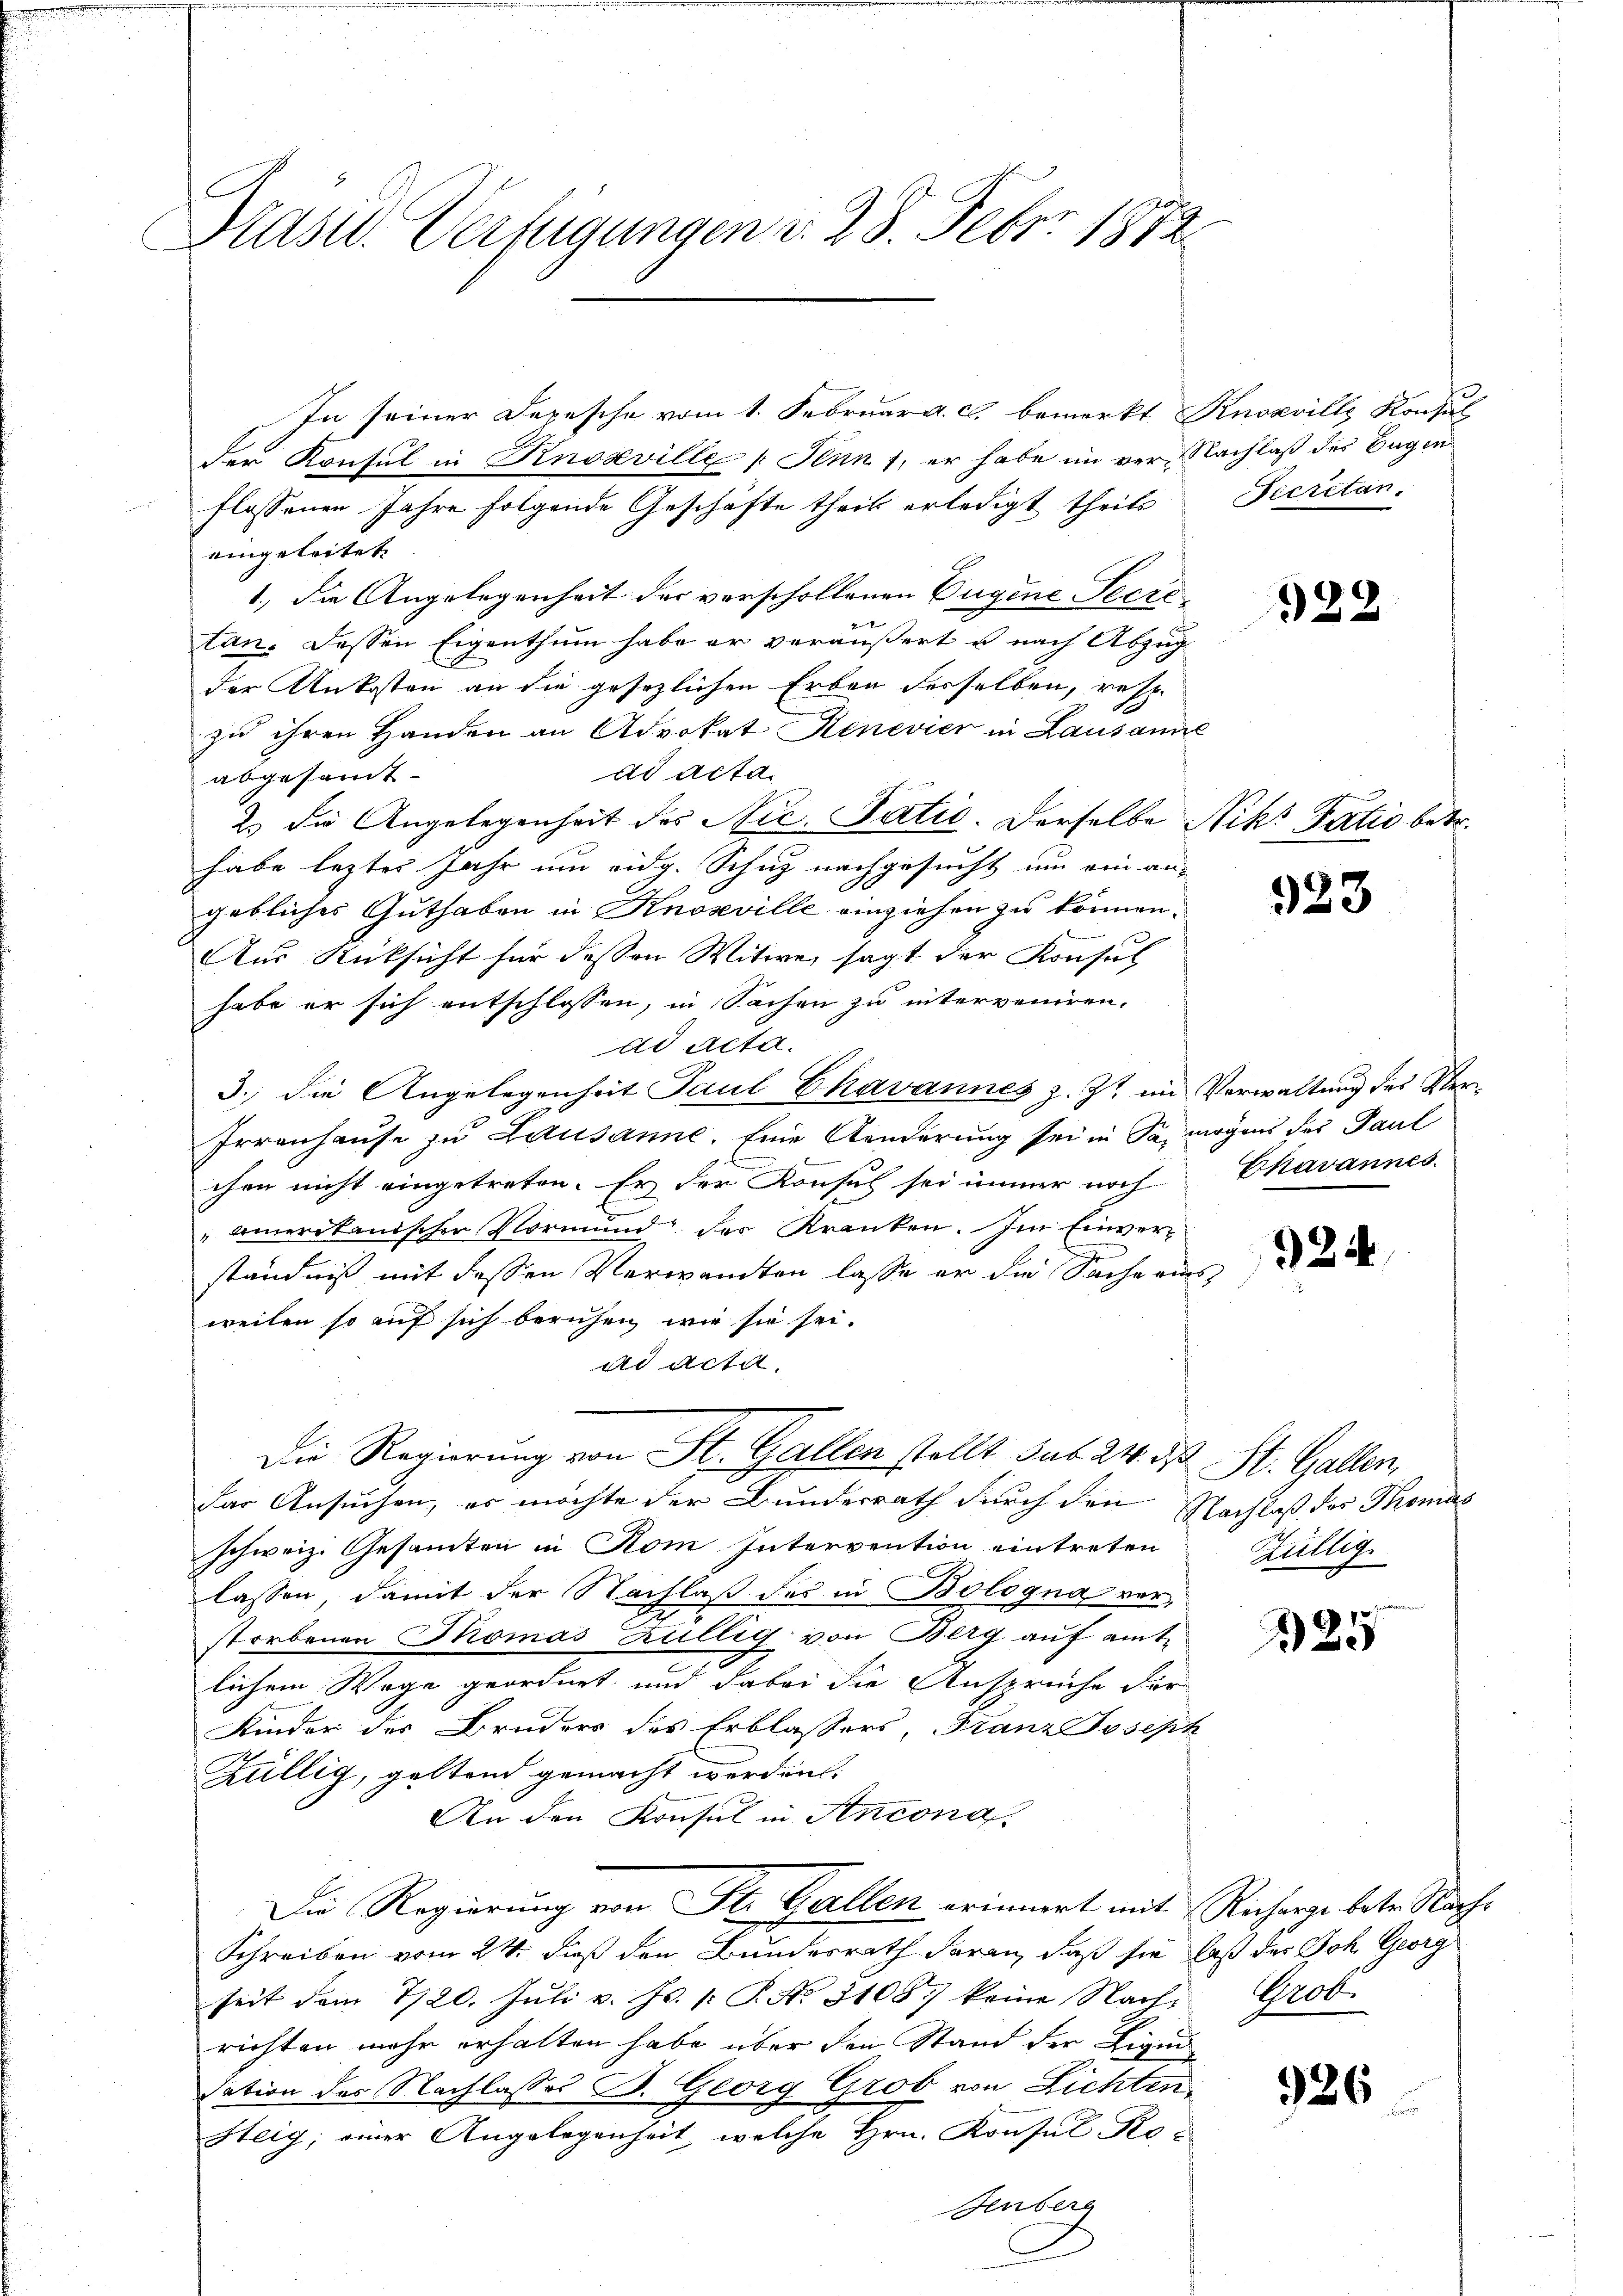
Plast. Verfügungen d. 28. Febr. 1872.

In seiner Depesche vom 1. Februar a. c. bemerkt Knosville Konsul
der Konsul in Knosville (: Sinn 1, er habe im ver Nachlaß des Begin
flossenen Jahre folgende Geschäfte theil erledigt theils
eingeleitet.
1.) Die Angelegenheit der verschollenen Eugene Secre-
tan. Dessen Eigenthum habe er veräußert u nach Abzug
der Ankosten an die gesezlichen Erben desselben, resp.
zu ihren Handen an Advokat Henevier in Lausanne
dd Acta.
abgesamt-
2.) Die Angelegenheit des Nic. Patie. Derselbe Nik. Pativ betr.
habe lezter Jahr um eidg. Schuz nachgesucht um ein an-
gebliches Guthaben in Knozeville einziehen zu können.
Aus Rücksicht für dessen Witwe, sagt der Konsul
habe er sich entschlossen, in Sachen zu interveniren.
dd Acta.
3. die Angelegenheit Paul Chavannes z. Zt. im Verwaltung des Ver¬
Frrauhause zu Lausanne. Eine Aenderung sei in Sa, mögens des Paul
chen nicht eingetreten. Er der Konsul sei immer noch
"Amerikanischen Vormund des Kranken. Im Einverständniß mit dessen Verwandten lasse er die Sache eins
weilen so auf sich beruhen, wie sie sei.
ad acta.
Die Regierung von St. Gallen stellt sub 24. ds St. Gallen,
dar Ansuchen, es möchte der Bunderrath durch den Nachlaß des Thomas
schweiz. Gesamten in Rom Intervention eintreten
lassen, damit der Nachlaß des in Bologna ver-
storbenen Thomas Züllig von Berg. auf amtlichem Wege geordnet, und dabei die Ansprüche der
Kinder der Bruders des Erblassers, Franz Joseph
Züllig, geltend gemacht werden.
An den Konsul in Antona
Die Regierung von St. Gallen erinnert mit Richerge betr. Nach¬
Schreiben vom 24. daß den Bundesrath daran, daß sie daß das Joh. Georg
seit dem 7/20. Jŭli v. Js. 1. P. Nr. 3108 keine Nach-Grob.
richten mehr erhalten habe über den Stand der Liquidation des Nachlasses B. Georg Grob von Lichten,
Steig; einer Angelegenheit, welche Hrn. Konsul Ko¬
Hnberg

Secretan.

22

923

Chavannes.

24

Hüllig

25

926